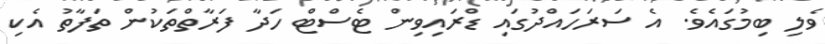
ވެލި ބިމުގައެވެ. އެ ސަރަހައްދުގައި ޑްރައިވިން ޓެސްޓް ހަދާ ފަރާތްތަކުން ތަފާތު އެކި